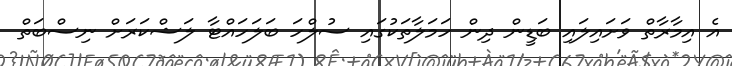
އެ އިމާރާތް ވަށައިލައި ބަޑީން ދިން ހަމަލާތަކުގައި ސުލްހަ ބަލަހައްޓާ ލަޝްކަރަށް ނިސްބަތް